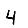
Digit: 4